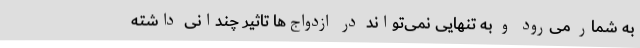
به شمار می‌رود و به تنهایی نمی‌تواند در ازدواج‌ها تاثیر چندانی داشته